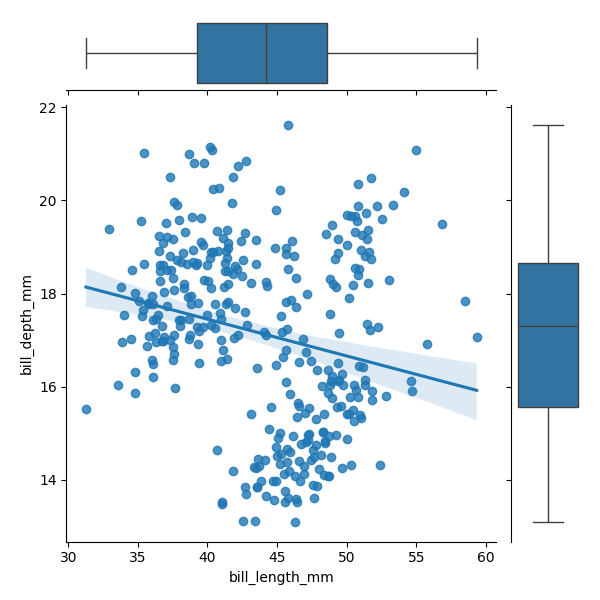
python, seaborn, JointGrid, regplot, boxplot